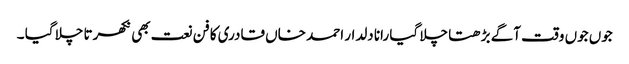
جوں جوں وقت آگے بڑھتا چلا گیا رانا دلدار احمد خاں قادری کا فن نعت بھی نکھرتا چلا گیا ۔